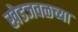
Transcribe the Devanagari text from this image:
खेडजवळच्या